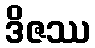
ဒိဇဿ